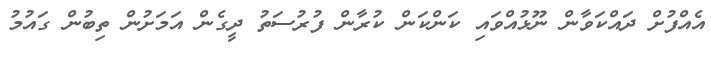
އެއްފުށް ދައްކަވާން ނޫޅުއްވައި ކަންކަން ކުރާން ފުރުސަތު ދީގެން އަމަށުން ތިބުން ގައުމު